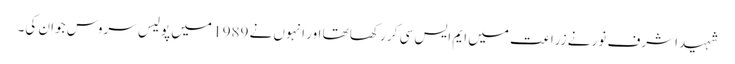
شہید اشرف نور نے زراعت میں ایم ایس سی کر رکھا تھا اور انہوں نے 1989 میں پولیس سروس جوان کی۔